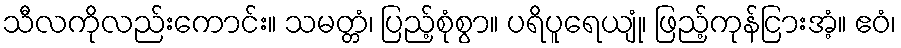
သီလကိုလည်းကောင်း။ သမတ္တံ၊ ပြည့်စုံစွာ။ ပရိပူရေယျုံ၊ ဖြည့်ကုန်ငြားအံ့။ ဧဝံ၊